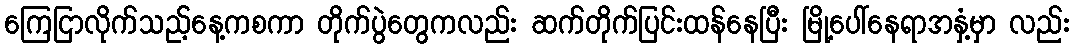
ကြေငြာလိုက်သည့်နေ့ကစကာ တိုက်ပွဲတွေကလည်း ဆက်တိုက်ပြင်းထန်နေပြီး မြို့ပေါ်နေရာအနှံ့မှာ လည်း